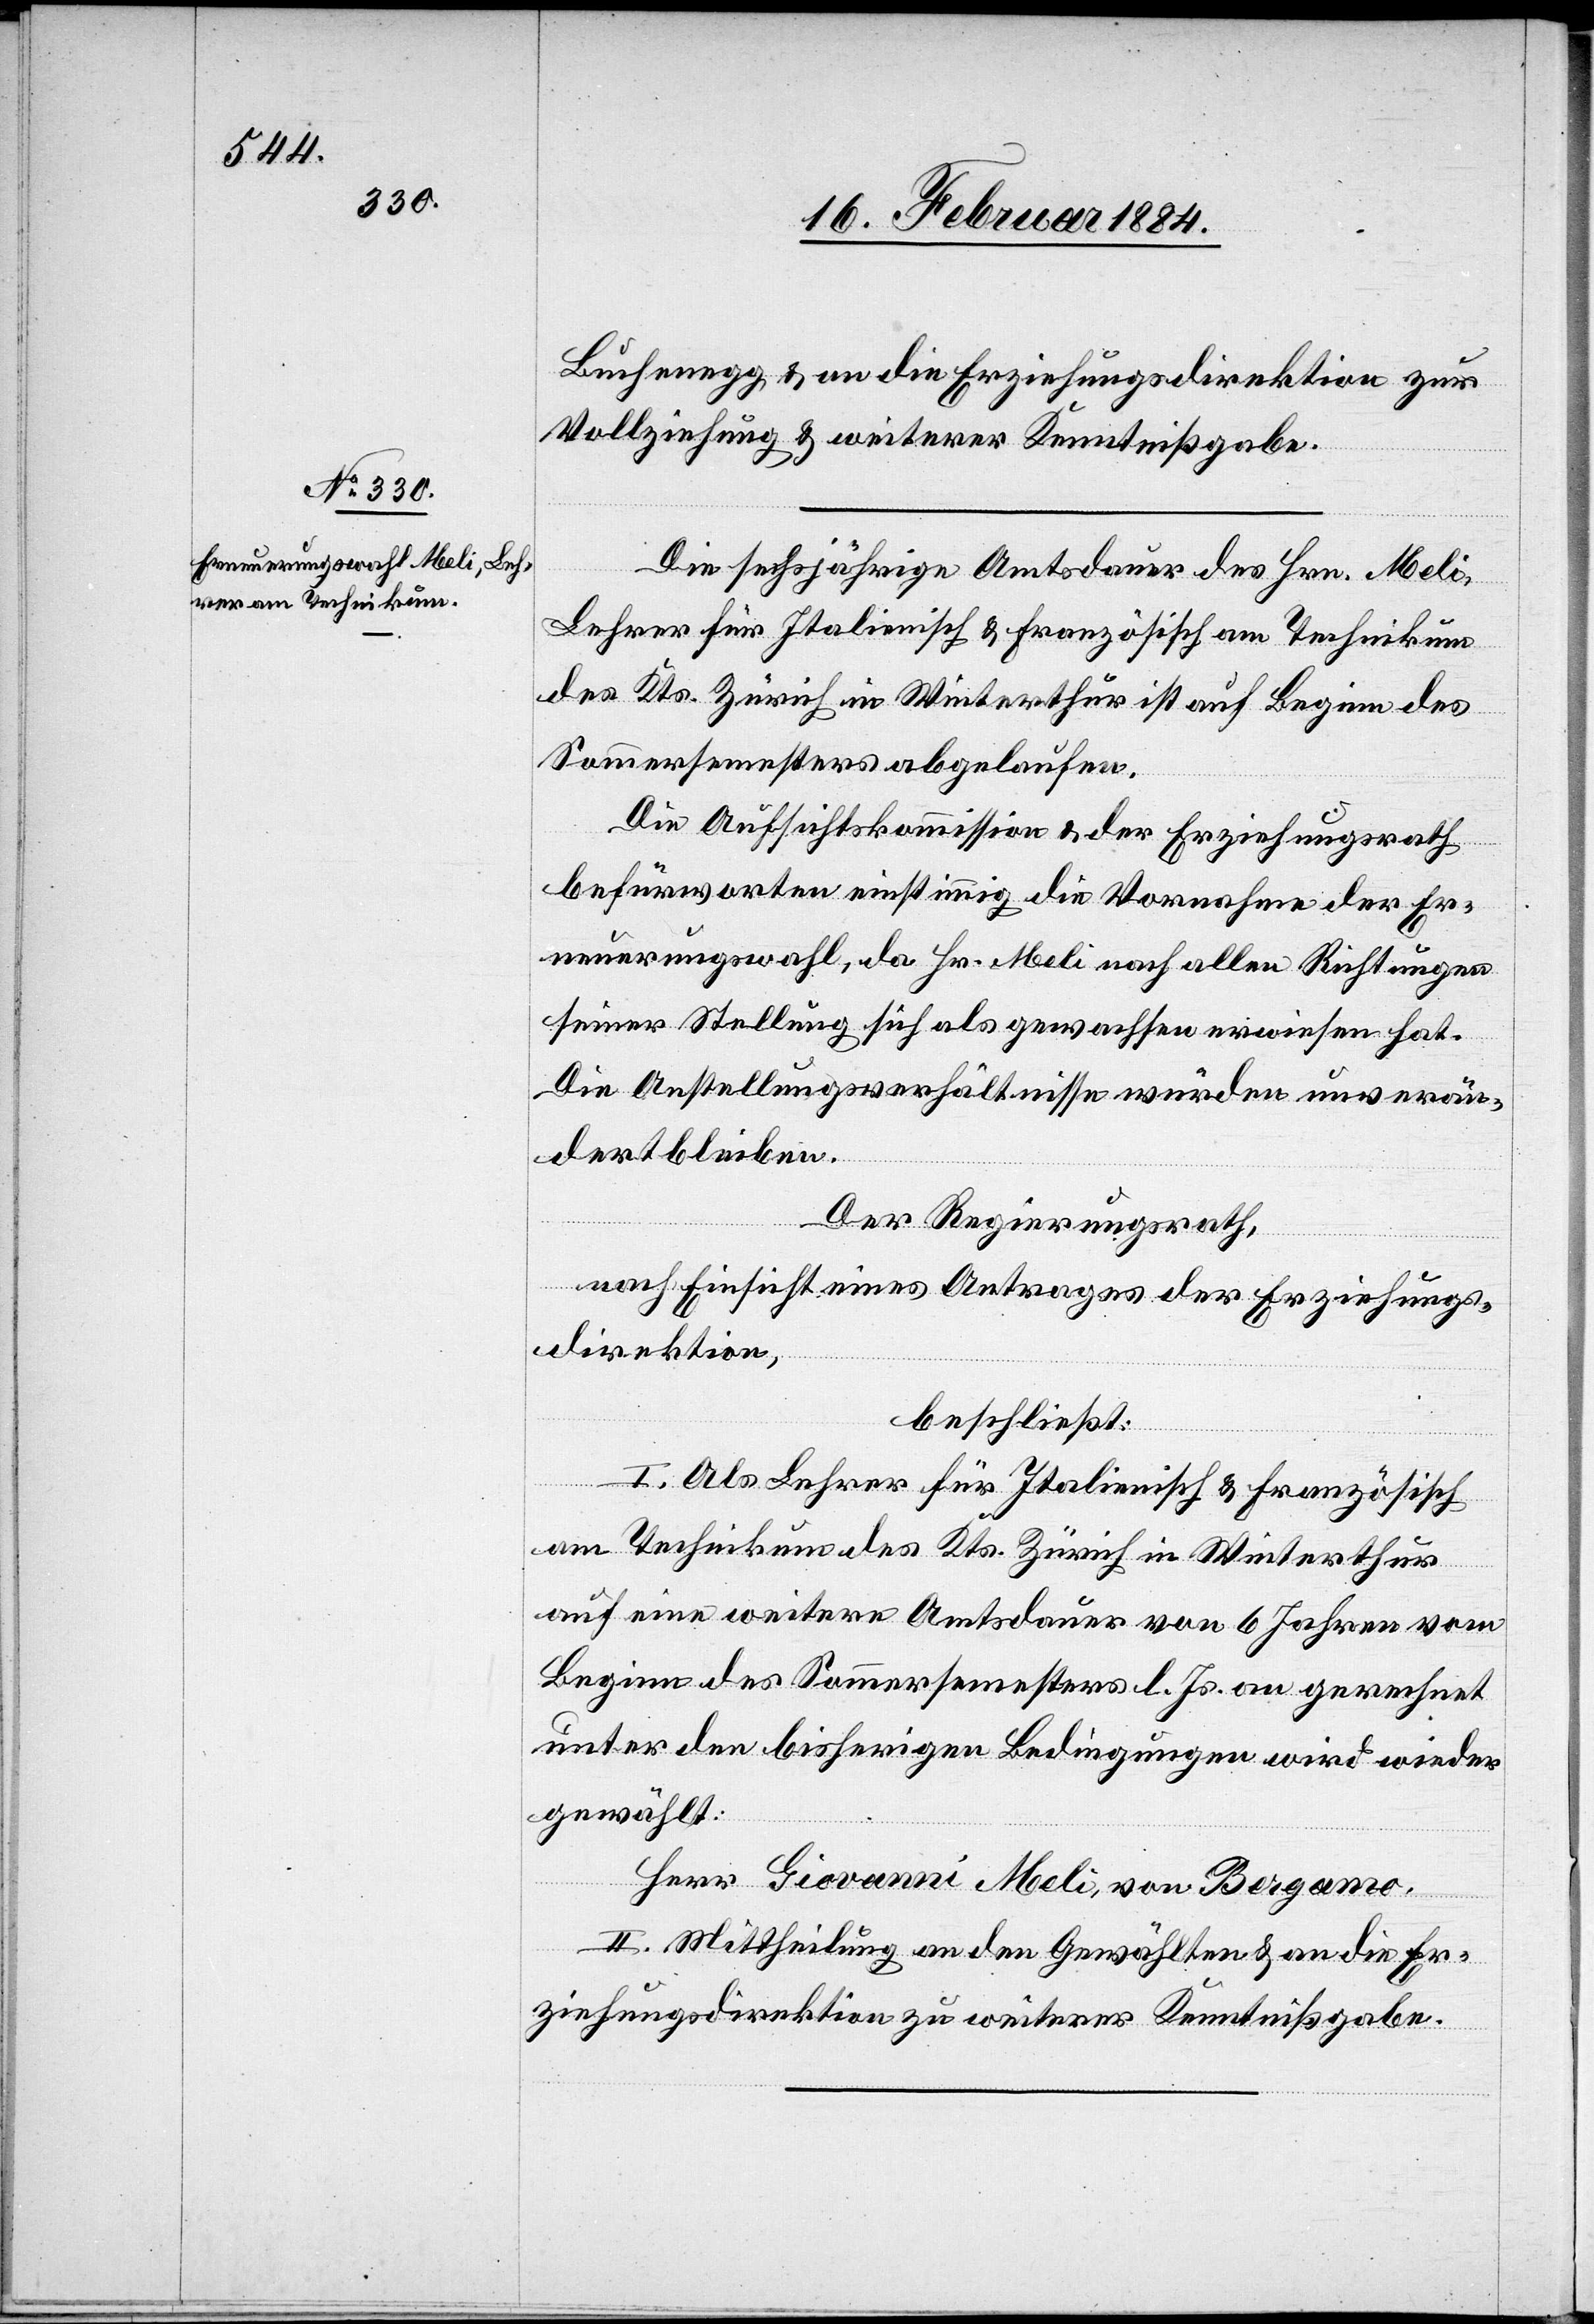
Buchenegg & an die Erziehungsdirektion zur
Vollziehung & weiterer Kenntnißgabe.
Die sechsjährige Amtsdauer des Hrn. Meli,
Lehrer für Italienisch & Französisch am Technikum
des Kts. Zürich in Winterthur ist auf Beginn des
Sommersemesters abgelaufen.
Die Aufsichtskommission & der Erziehungsrath
befürworten einstimmig die Vornahme der Er¬
neuerungswahl, da Hr. Meli nach allen Richtungen
seiner Stellung sich als gewachsen erwiesen hat.
Die Anstellungsverhältnisse würden unverän¬
dert bleiben.
Der Regierungsrath,
nach Einsicht eines Antrages der Erziehungs¬
direktion,
beschließt:
I. Als Lehrer für Italienisch & Französisch
am Technikum des Kts. Zürich in Winterthur
auf eine weitere Amtsdauer von 6 Jahren von
Beginn des Sommersemesters l. Js. an gerechnet
unter den bisherigen Bedingungen wird wieder
gewählt:
Herr Giovanni Meli, von Bergamo.
II. Mittheilung an den Gewählten & an die Er¬
ziehungsdirektion zu weiterer Kenntnißgabe.